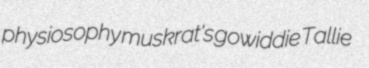
physiosophy muskrat's gowiddie Tallie